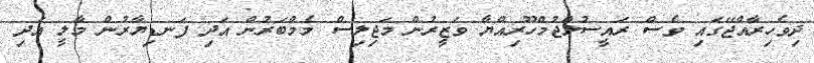
ދިވެހިރާއްޖޭގައި ވެސް ރައީސުލްޖުމްހޫރިއްޔާ ވަޒީރުން މަޖިލިސް މެމްބަރުން އަދި ފަނޑިޔާރުން މާލީ އަދި